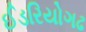
ઈડરિયોગઢ